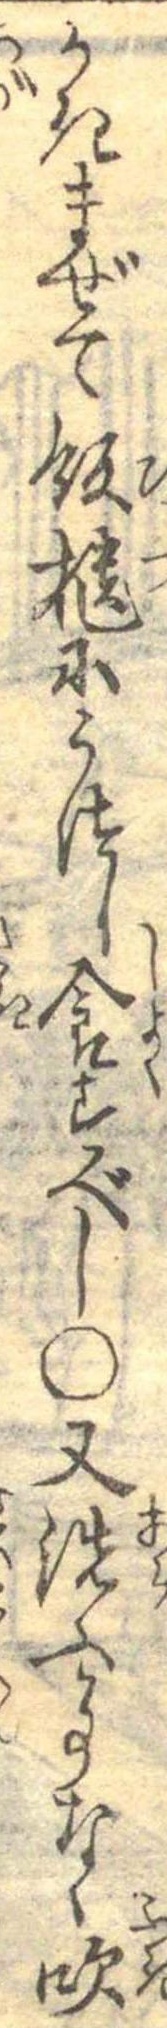
かきまぜて飯櫃にうつし食すべし○又洗ふ事なく吹